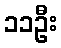
၁၁ဦး